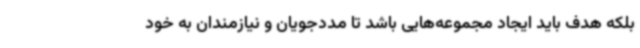
بلکه هدف باید ایجاد مجموعه‌هایی باشد تا مددجویان و نیازمندان به خود